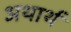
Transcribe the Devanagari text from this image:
अथार्थ